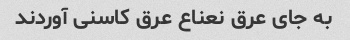
به جای عرق نعناع عرق کاسنی آوردند